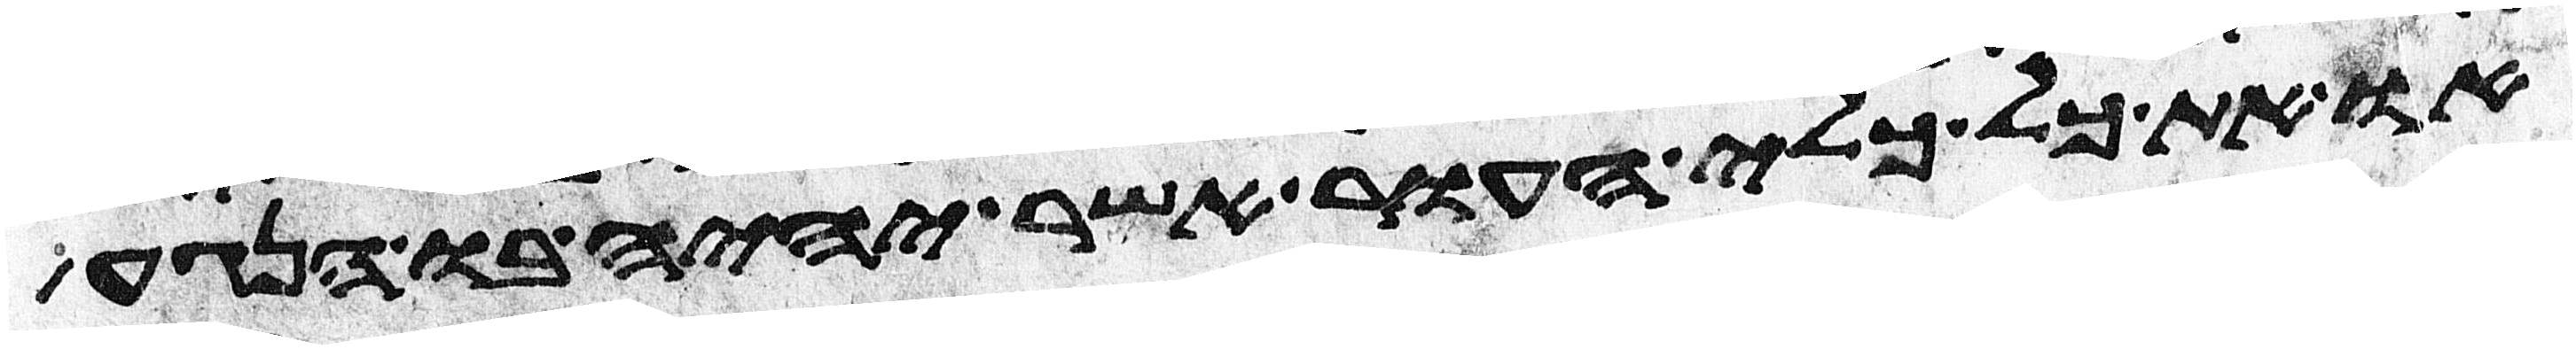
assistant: או את כל כלי העור אשר יהיה בו הנגע